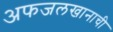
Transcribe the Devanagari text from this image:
अफजलखानाची